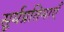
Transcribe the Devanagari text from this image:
सूर्यप्रतिमाएँ